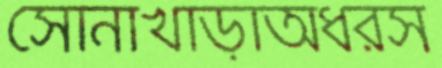
সোনাখাড়াঅধরস